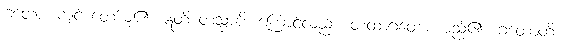
ဂတော၊ ကျင့် တော်မူ၏။ ဣတိ တသ္မာပိ၊ ကြောင့်လည်း။ တထာဂတော၊ မည်၏။ ဂတောတိ။